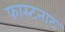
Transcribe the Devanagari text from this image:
फास्टनाट